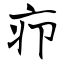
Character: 疖